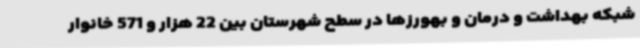
شبکه بهداشت و درمان و بهورزها در سطح شهرستان بین 22 هزار و 571 خانوار